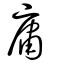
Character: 庸